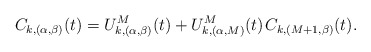
\begin{align*}C_{k,(\alpha,\beta)}(t) = U^M_{k,(\alpha,\beta)}(t) + U^M_{k,(\alpha,M)}(t) \kern+1pt C_{k,(M+1,\beta)}(t).\end{align*}